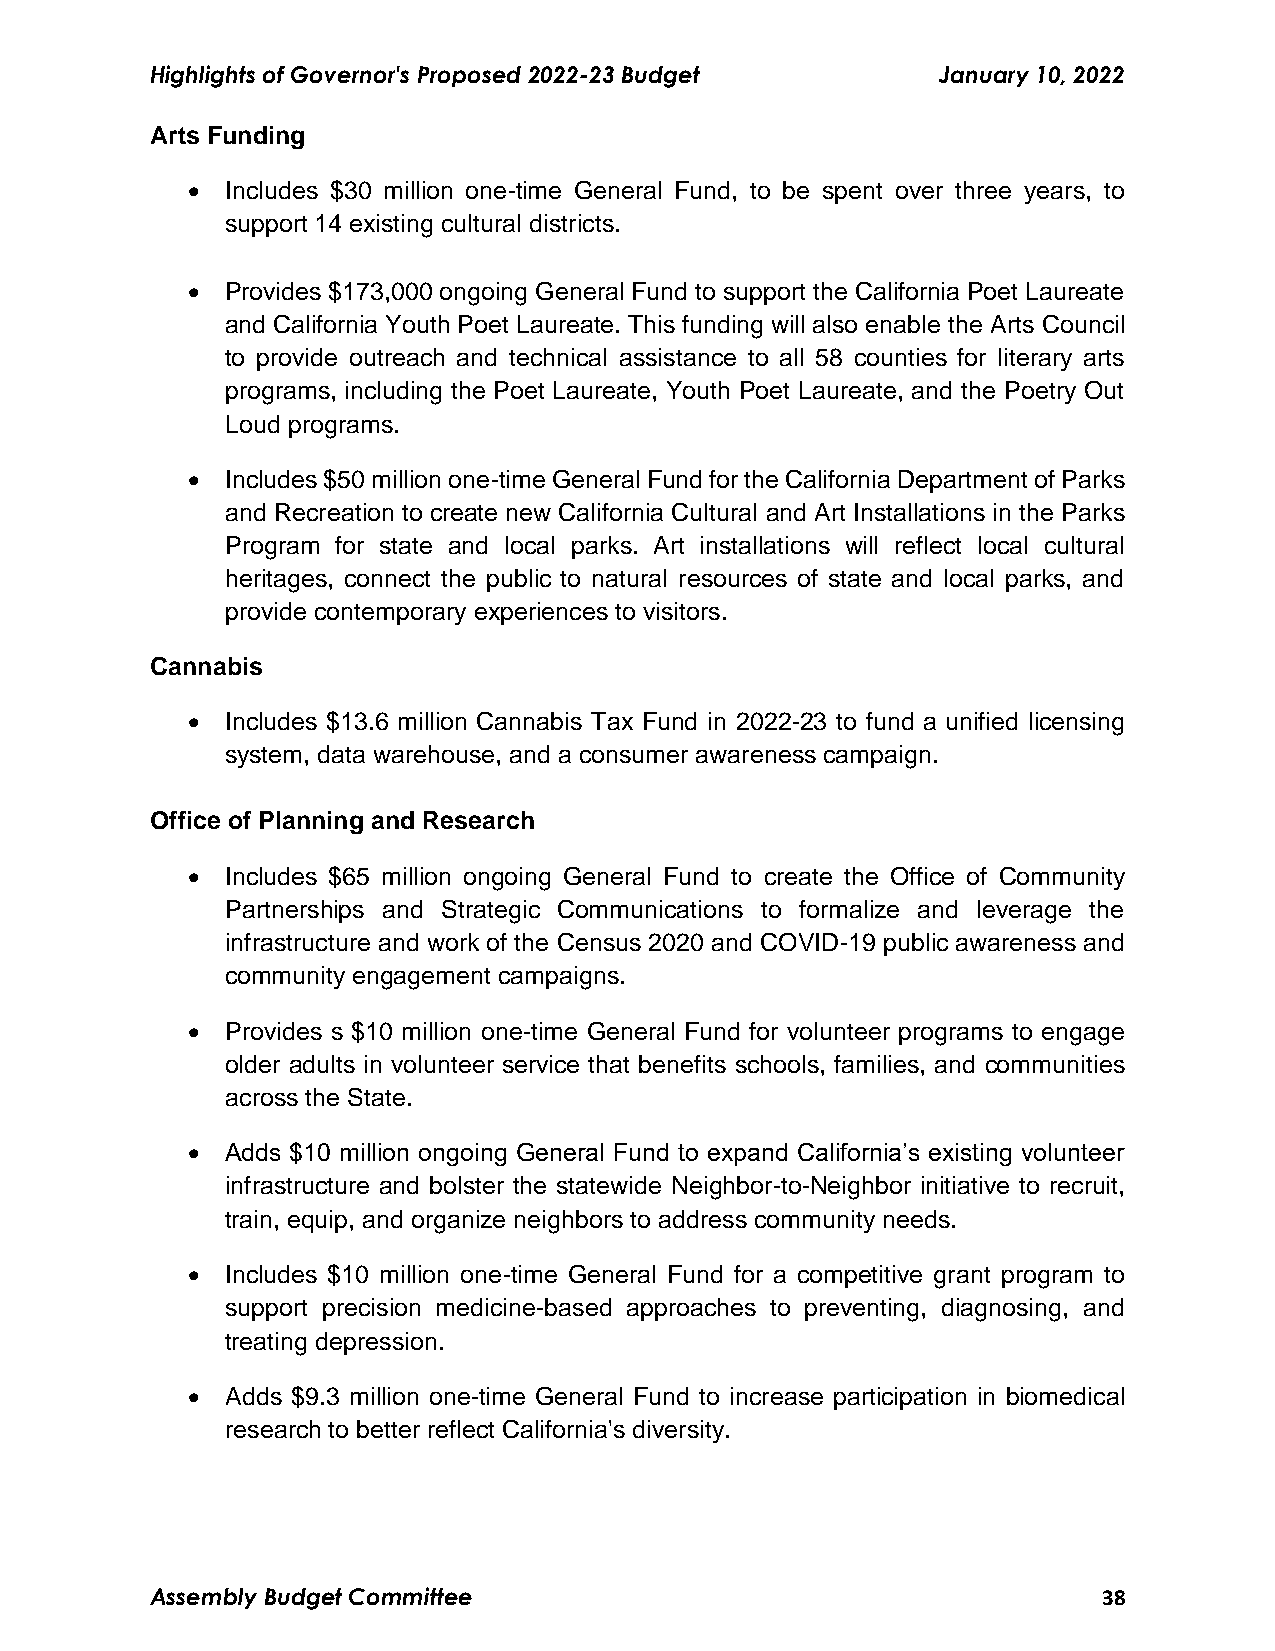
Highlights of Governor's Proposed 2022-23 Budget    January 10, 2022
 Arts Funding
   Includes $30 million one-time General Fund, to be spent over three years, to
 support 14 existing cultural districts.
   Provides $173,000 ongoing General Fund to support the California Poet Laureate
 and California Youth Poet Laureate. This funding will also enable the Arts Council
 to provide outreach and technical assistance to all 58 counties for literary arts
 programs, including the Poet Laureate, Youth Poet Laureate, and the Poetry Out
 Loud programs.
   Includes $50 million one-time General Fund for the California Department of Parks
 and Recreation to create new California Cultural and Art Installations in the Parks
 Program for state and local parks. Art installations will reflect local cultural
 heritages, connect the public to natural resources of state and local parks, and
 provide contemporary experiences to visitors.
 Cannabis
   Includes $13.6 million Cannabis Tax Fund in 2022-23 to fund a unified licensing
 system, data warehouse, and a consumer awareness campaign.
 Office of Planning and Research
   Includes $65 million ongoing General Fund to create the Office of Community
 Partnerships and Strategic Communications to formalize and leverage the
 infrastructure and work of the Census 2020 and COVID-19 public awareness and
 community engagement campaigns.
   Provides s $10 million one-time General Fund for volunteer programs to engage
 older adults in volunteer service that benefits schools, families, and communities
 across the State.
   Adds $10 million ongoing General Fund to expand California’s existing volunteer
 infrastructure and bolster the statewide Neighbor-to-Neighbor initiative to recruit,
 train, equip, and organize neighbors to address community needs.
   Includes $10 million one-time General Fund for a competitive grant program to
 support precision medicine-based approaches to preventing, diagnosing, and
 treating depression.
   Adds $9.3 million one-time General Fund to increase participation in biomedical
 research to better reflect California's diversity.
 Assembly Budget Committee                                      38